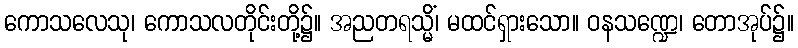
ကောသလေသု၊ ကောသလတိုင်းတို့၌။ အညတရသ္မိံ၊ မထင်ရှားသော။ ဝနသဏ္ဍေ၊ တောအုပ်၌။